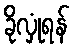
ခိုလှုံရန်